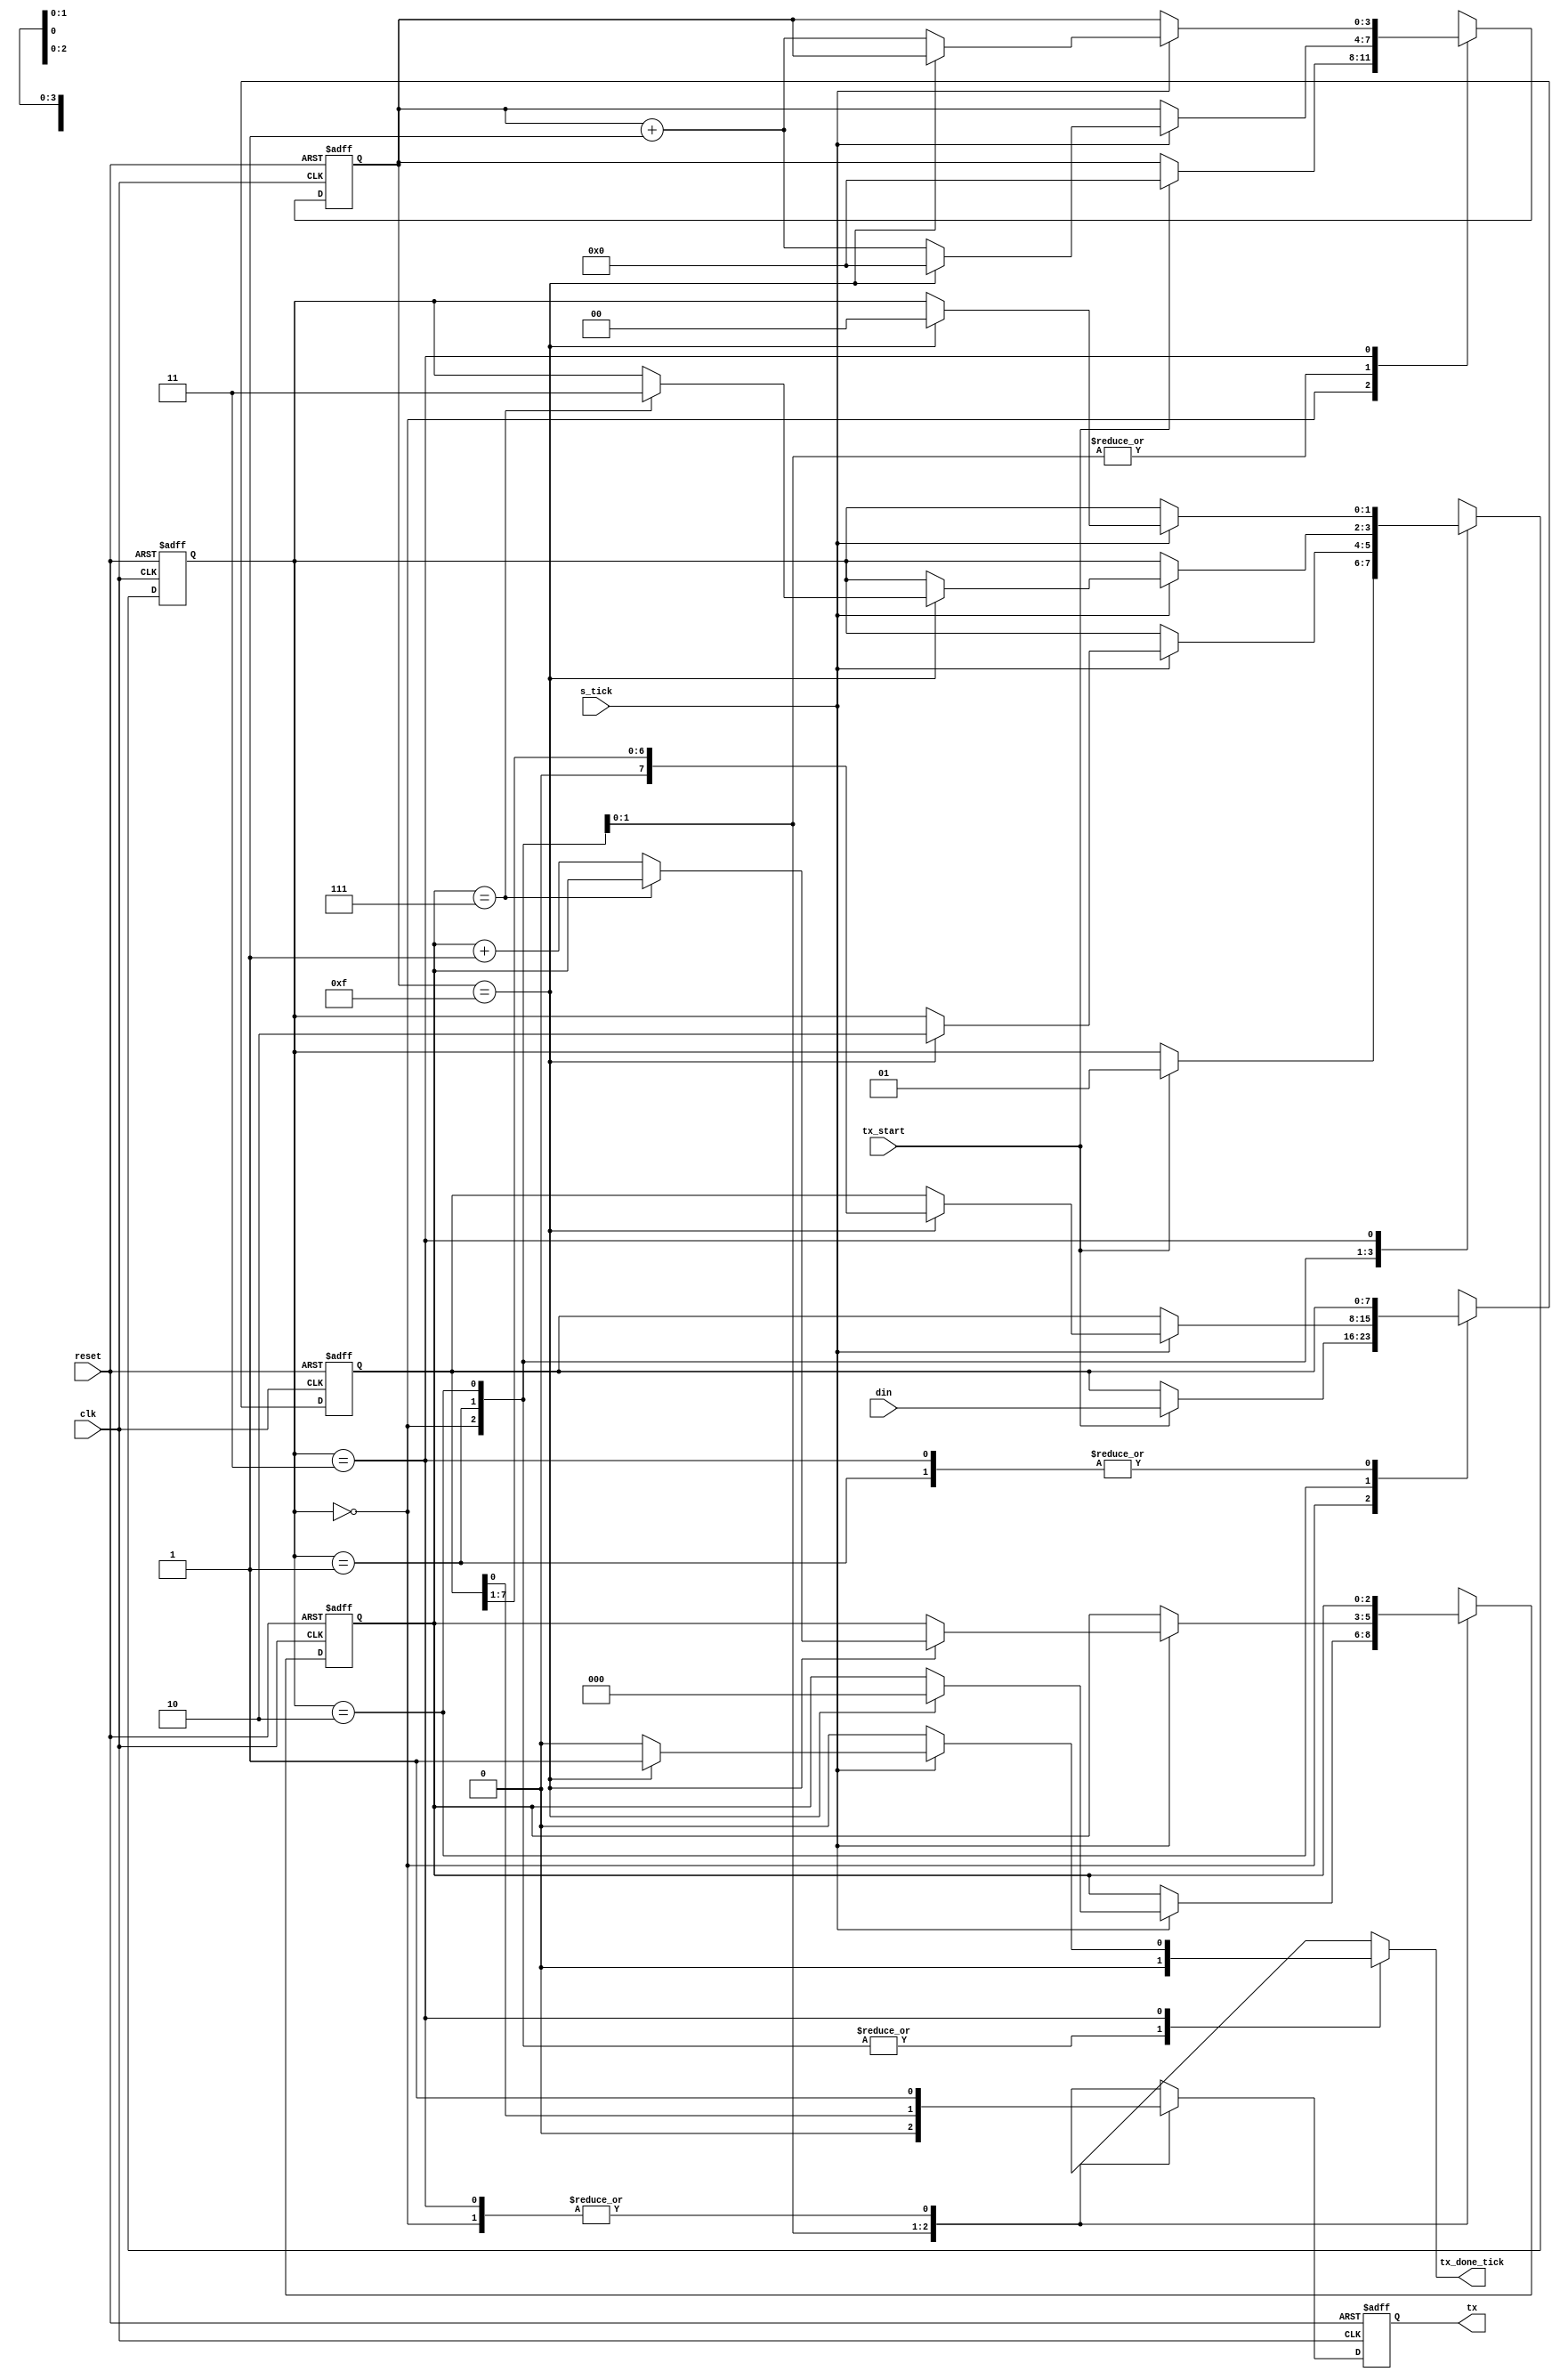
`timescale 1ns / 1ps
module tx_module
	#(
	parameter DBIT = 8, 	// # data bits
	SB_TICK = 16 			// # ticks for stop bits
	)
	(
	input wire clk, reset,
	input wire tx_start , s_tick,
	input wire [7:0] din,
	output reg tx_done_tick ,
	output wire tx
	);
	
	// synlbolic state declaration
	localparam [1:0]
	idle = 2'b00,
	start = 2'b01,
	data = 2'b10,
	stop = 2'b11;
	
	// signal declaration
	reg [1:0] state_reg , state_next ;
	reg [3:0] s_reg , s_next;
	reg [2:0] n_reg, n_next;
	reg [7:0] b_reg , b_next;
	reg tx_reg , tx_next ;
	
	// body
	// FSMD state & data registers
	always @(posedge clk, posedge reset)
	if (reset)
		begin
			state_reg <= idle;
			s_reg <= 0;
			n_reg <= 0;
			b_reg <= 0;
			tx_reg <= 1'b1;
		end
	else
		begin
			state_reg <= state_next;
			s_reg <= s_next;
			n_reg <= n_next;
			b_reg <= b_next;
			tx_reg <= tx_next;
		end
	
	// FSMD next-state logic & functional units
	always @*
	begin
		state_next = state_reg;
		tx_done_tick = 1'b0;
		s_next = s_reg;
		n_next = n_reg;
		b_next = b_reg;
		tx_next = tx_reg;
		case (state_reg)
		idle :
			begin
				tx_next = 1'b1;
				if (tx_start)
					begin
						state_next = start;
						s_next = 0;
						b_next = din;
					end
			end
		start :
			begin
				tx_next = 1'b0;
				if (s_tick)
					if (s_reg==15)
						begin
							state_next = data;
							s_next = 0;
							n_next = 0;
						end
					else
						s_next = s_reg + 1;
			end
		data:
			begin
				tx_next = b_reg [0] ;
				if (s_tick)
					if (s_reg==15)
						begin
							s_next = 0;
							b_next = b_reg >> 1;
							if (n_reg==(DBIT-1))
								state_next = stop ;
							else
								n_next = n_reg + 1;
						end
					else
						s_next = s_reg + 1;
			end
		stop :
			begin
				tx_next = 1'b1;
				if (s_tick)
					if (s_reg==(SB_TICK - 1))
						begin
							state_next = idle;
							tx_done_tick = 1'b1;
						end
					else
					s_next = s_reg + 1;
			end
		endcase
	end
	// output
	assign tx = tx_reg;
endmodule